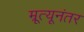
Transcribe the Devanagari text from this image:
म्रूत्यूनंतर